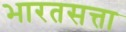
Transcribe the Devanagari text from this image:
भारतसत्ता